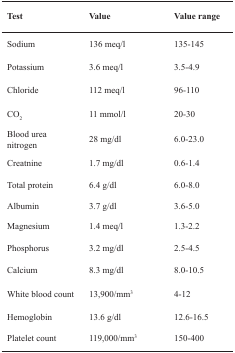
| Test | Value | Value range |
 | --- | --- | --- |
 | Sodium | 136 meq/l | 135-145 |
 | Potassium | 3.6 meq/l | 3.5-4.9 |
 | Chloride | 112 meq/l | 96-110 |
 | CO2 | 11 mmol/l | 20-30 |
 | Blood urea nitrogen | 28 mg/dl | 6.0-23.0 |
 | Creatnine | 1.7 mg/dl | 0.6-1.4 |
 | Total protein | 6.4 g/dl | 6.0-8.0 |
 | Albumin | 3.7 g/dl | 3.6-5.0 |
 | Magnesium | 1.4 meq/l | 1.3-2.2 |
 | Phosphorus | 3.2 mg/dl | 2.5-4.5 |
 | Calcium | 8.3 mg/dl | 8.0-10.5 |
 | White blood count | 13,900/mm3 | 4-12 |
 | Hemoglobin | 13.6 g/dl | 12.6-16.5 |
 | Platelet count | 119,000/mm3 | 150-400 |